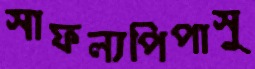
সাফল্যপিপাসু